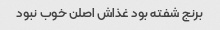
برنج شفته بود غذاش اصلن خوب نبود